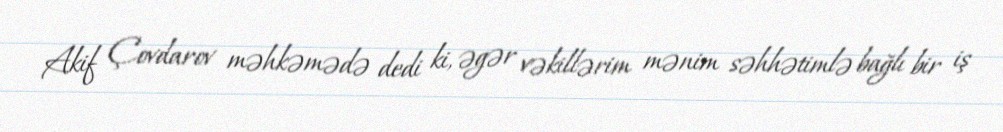
Akif Çovdarov məhkəmədə dedi ki, əgər vəkillərim mənim səhhətimlə bağlı bir iş